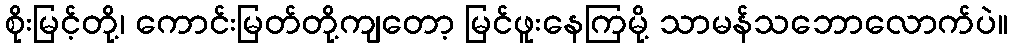
စိုးမြင့်တို့၊ ကောင်းမြတ်တို့ကျတော့ မြင်ဖူးနေကြမို့ သာမန်သဘောလောက်ပဲ။